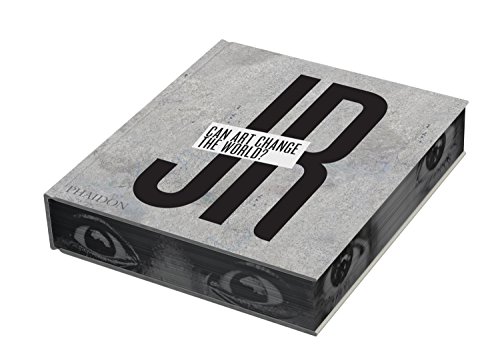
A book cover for JR: Can Art Change the World?; Nato Thompson; Arts & Photography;